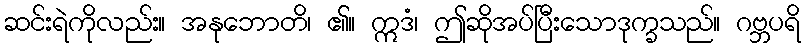
ဆင်းရဲကိုလည်း။ အနုဘောတိ၊ ၏။ ဣဒံ၊ ဤဆိုအပ်ပြီးသောဒုက္ခသည်။ ဂဗ္ဘပရိ